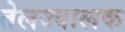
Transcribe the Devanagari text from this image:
तेलज्वालक